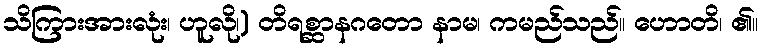
သိကြားအားလုံး၊ ဟူလို၊) တိရစ္ဆာနဂတော နာမ၊ ကမည်သည်။ ဟောတိ၊ ၏။